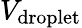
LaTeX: V_{\mathrm{droplet}}